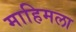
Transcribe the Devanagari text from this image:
माहिमला